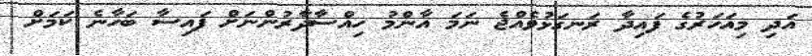
އަދި މިއަހަރުގެ ފައިދާ ރަނގަޅުވެއްޖެ ނަމަ އާންމު ހިއްސާދާރުންނަށް ފައިސާ ބަހާނެ ކަމަށް